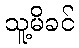
သူ့မိခင်